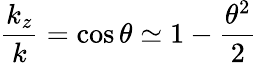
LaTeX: {\frac{k_{z}}{k}}=\cos\theta\simeq 1-{\frac{\theta^{2}}{2}}